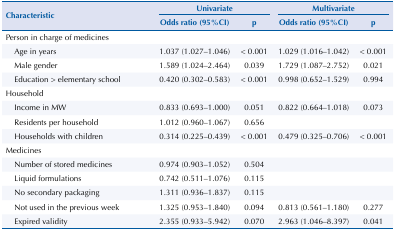
| <ROWSPAN=3> Characteristic | <COLSPAN=2> Univariate | <COLSPAN=2> Multivariate |
 | Odds ratio (95%CI) | p | Odds ratio (95%CI) | p |
 | --- | --- | --- | --- | --- |
 | Person in charge of medicines |  |  |  |  |
 | Age in years | 1.037 (1.027–1.046) | < 0.001 | 1.029 (1.016–1.042) | < 0.001 |
 | Male gender | 1.589 (1.024–2.464) | 0.039 | 1.729 (1.087–2.752) | 0.021 |
 | Education > elementary school | 0.420 (0.302–0.583) | < 0.001 | 0.998 (0.652–1.529) | 0.994 |
 | Household |  |  |  |  |
 | Income in MW | 0.833 (0.693–1.000) | 0.051 | 0.822 (0.664–1.018) | 0.073 |
 | Residents per household | 1.012 (0.960–1.067) | 0.656 |  |  |
 | Households with children | 0.314 (0.225–0.439) | < 0.001 | 0.479 (0.325–0.706) | < 0.001 |
 | Medicines |  |  |  |  |
 | Number of stored medicines | 0.974 (0.903–1.052) | 0.504 |  |  |
 | Liquid formulations | 0.742 (0.511–1.076) | 0.115 |  |  |
 | No secondary packaging | 1.311 (0.936–1.837) | 0.115 |  |  |
 | Not used in the previous week | 1.325 (0.953–1.840) | 0.094 | 0.813 (0.561–1.180) | 0.277 |
 | Expired validity | 2.355 (0.933–5.942) | 0.070 | 2.963 (1.046–8.397) | 0.041 |